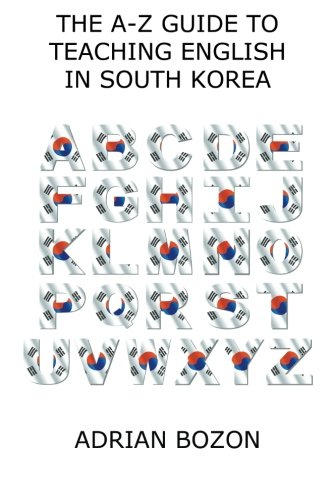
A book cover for The A-Z Guide to Teaching English in South Korea: Learn Whether South Korea is Right for You, How to Survive and How to Prosper There; Mr Adrian Bozon; Travel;